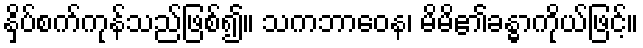
နှိပ်စက်ကုန်သည်ဖြစ်၍။ သကဘာဝေန၊ မိမိ၏ခန္ဓာကိုယ်ဖြင့်။